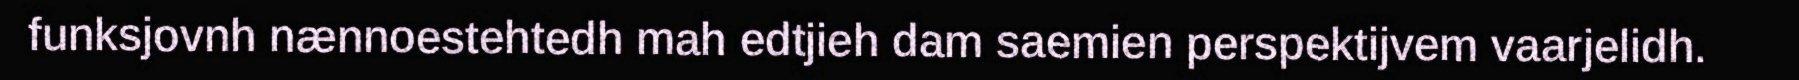
funksjovnh nænnoestehtedh mah edtjieh dam saemien perspektijvem vaarjelidh.